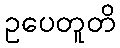
ဥပေတူတိ